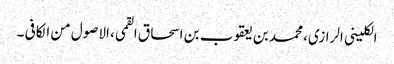
الکلینی الرازی، محمد بن یعقوب بن اسحاق القمی، الاصول من الکافی ۔